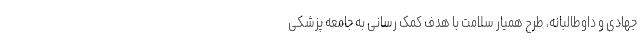
جهادی و داوطالبانه، طرح همیار سلامت با هدف کمک رسانی به جامعه پزشکی